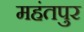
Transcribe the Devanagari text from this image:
महंतपुर